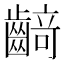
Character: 𱌡